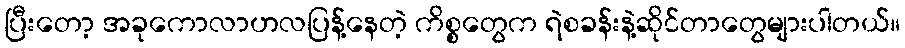
ပြီးတော့ အခုကောလာဟလပြန့်နေတဲ့ ကိစ္စတွေက ရဲစခန်းနဲ့ဆိုင်တာတွေများပါတယ်။